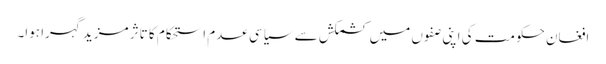
افغان حکومت کی اپنی صفوں میں کشمکش سے سیاسی عدم استحکام کا تاثر مزید گہرا ہوا۔